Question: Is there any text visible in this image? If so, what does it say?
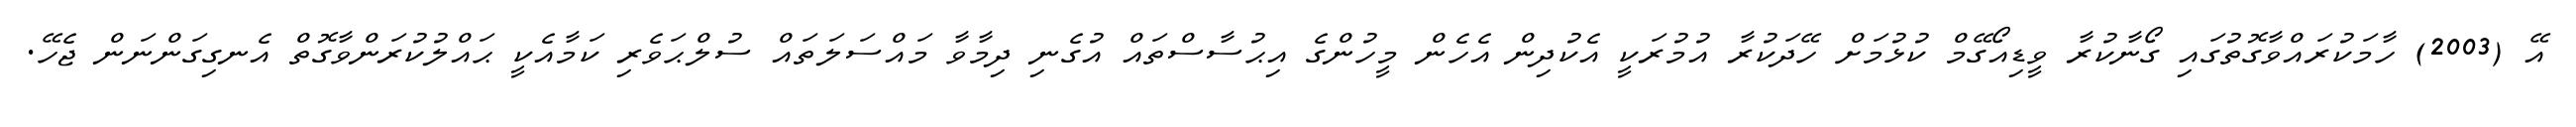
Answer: އޭ (2003) ހާމަކުރައްވާގޮތުގައި ގޯނާކުރާ ވީޑިއޯގޭމް ކުޅުމަށް ހޭދަކުރާ އުމުރަކީ އެކުދިން އެހެން މީހުންގެ އިޙުސާސްތައް އުގެނި ދިމާވާ މައްސަލަތައް ސުލްޙަވެރި ކަމާއެކީ ޙައްލުކުރަންވާގޮތް އެނގިގަންނަން ޖެހޭ.